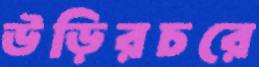
উড়িরচরে